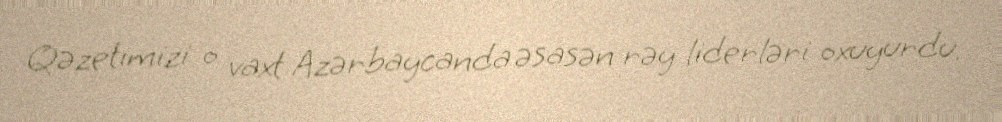
Qəzetimizi o vaxt Azərbaycanda əsasən rəy liderləri oxuyurdu.